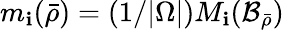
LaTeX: m_{\mathbf{i}}(\bar{{\rho}})=(1/|\Omega|)M_{\mathbf{i}}(\mathcal{{B}}_{\bar{{\rho}}})